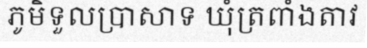
ភូមិទួលប្រាសាទ ឃុំត្រពាំងតាវ